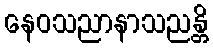
နေဝသညာနာသညန္တိ